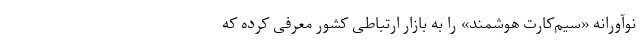
نوآورانه «سیم‌کارت هوشمند» را به بازار ارتباطی کشور معرفی کرده که